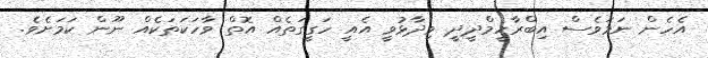
އެހެން ނަމަވެސް އިބްރާހީމްދީދީ ވިދާޅުވީ އެއީ ހަގީގަތެއް އޮތް ވާހަކަތަކެއް ނޫން ކަމަށެވެ.